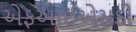
એફઆઈએસડી